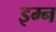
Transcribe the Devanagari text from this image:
इम्न